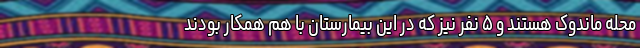
محله ماندوک هستند و ۵ نفر نیز که در این بیمارستان با هم همکار بودند